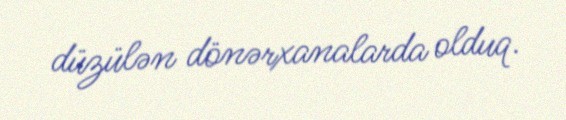
düzülən dönərxanalarda olduq.